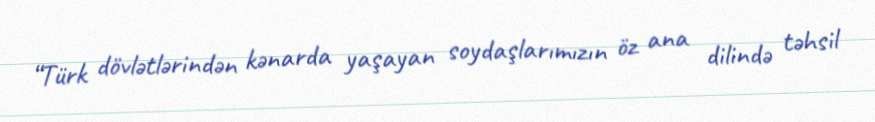
“Türk dövlətlərindən kənarda yaşayan soydaşlarımızın öz ana dilində təhsil